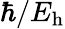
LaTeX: \hbar/E_{\mathrm{h}}